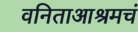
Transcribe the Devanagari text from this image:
वनिताआश्रमचं